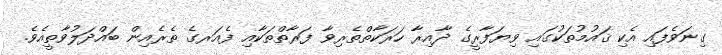
ގިނަވެފައި އެކި ޤައުމުތަކުގައި ވިޔަފާރީގެ ދާއިރާ ހަރަކާތްތެރިވާ ފަރާތްތަކާއި ފެއަރގެ ތެރެއިން ބައްދަލުވާތީއެވެ.